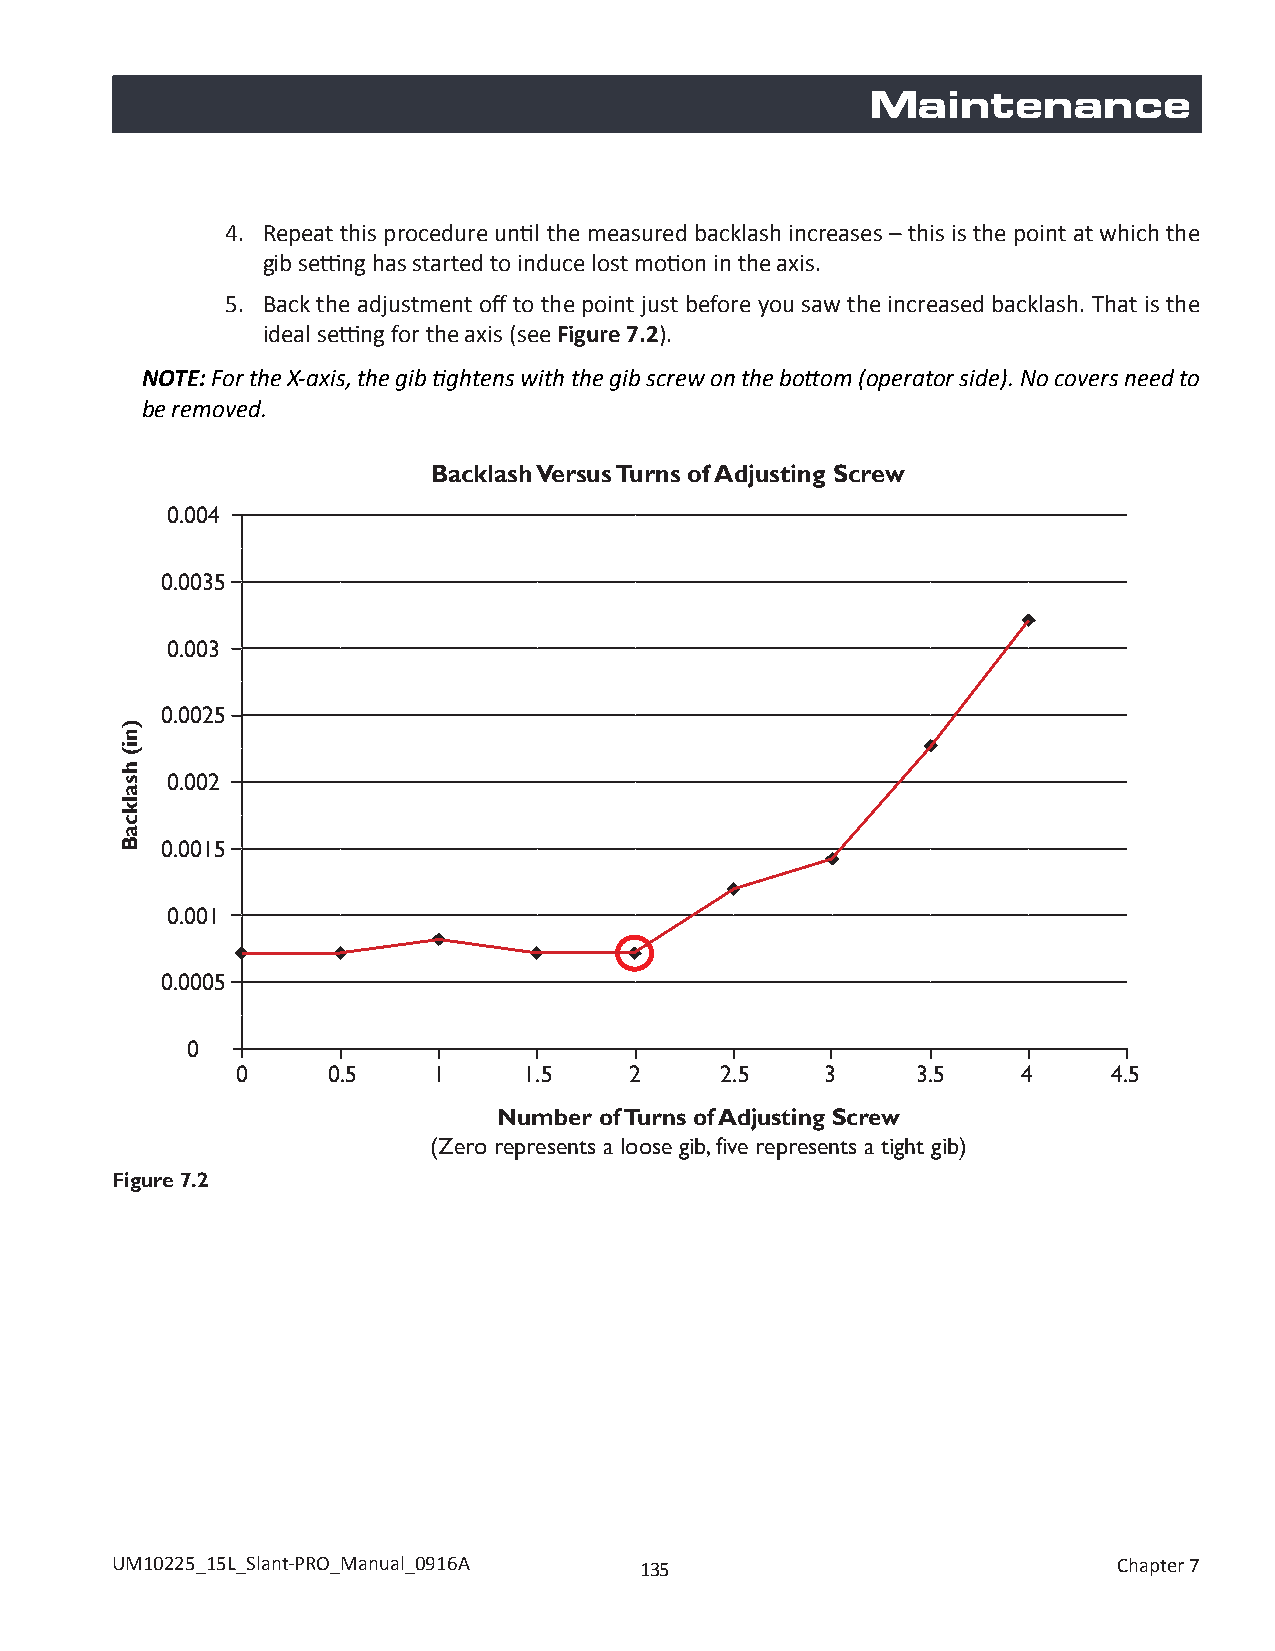
Maintenance
 4. Repeat this procedure until the measured backlash increases – this is the point at which the
 gib setting has started to induce lost motion in the axis.
 5. Back the adjustment off to the point just before you saw the increased backlash. That is the
 ideal setting for the axis (see Figure 7.2).
 NOTE: For the X-axis, the gib tightens with the gib screw on the bottom (operator side). No covers need to
 be removed.
 Backlash Versus Turns of Adjusting Screw
 0.004
 0.0035
 0.003
 0.0025
 0.002
 0.0015
 0.001
 0.0005
 0
 0     0.5    1     1.5    2     2.5    3     3.5    4     4.5
 Number of Turns of Adjusting Screw
 (Zero represents a loose gib, five represents a tight gib)
 Figure 7.2
 UM10225_15L_Slant-PRO_Manual_0916A 135                             Chapter 7
 )ni(
 hsalkcaB